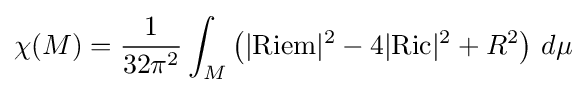
\chi (M)={\frac {1}{32\pi ^{2}}}\int _{M}\left(|{\text{Riem}}|^{2}-4|{\text{Ric}}|^{2}+R^{2}\right)\,d\mu